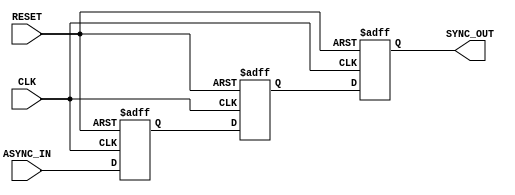
module async_to_sync_converter (
    input wire ASYNC_IN,      // Asynchronous input signal
    input wire CLK,           // Synchronous clock signal
    input wire RESET,         // Asynchronous reset signal
    output reg SYNC_OUT       // Synchronous output signal
);

    // Internal signals for double-register stage
    reg async_reg1;
    reg async_reg2;

    // Asynchronous reset and double-register stage
    always @(posedge CLK or posedge RESET) begin
        if (RESET) begin
            async_reg1 <= 1'b0; // Initialize to known state
            async_reg2 <= 1'b0; // Initialize to known state
            SYNC_OUT <= 1'b0;    // Initialize output to known state
        end else begin
            async_reg1 <= ASYNC_IN; // Sample ASYNC_IN
            async_reg2 <= async_reg1; // Pass through second flip-flop
            SYNC_OUT <= async_reg2; // Output the synchronized signal
        end
    end

endmodule